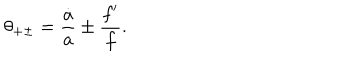
\theta _ { + \pm } = { \frac { \dot { a } } { a } } \pm { \frac { f ^ { \prime } } { f } } .